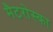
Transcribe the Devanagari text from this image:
मैटरोस्का